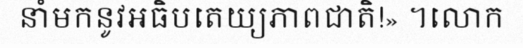
នាំមកនូវអធិបតេយ្យភាពជាតិ!» ។លោក